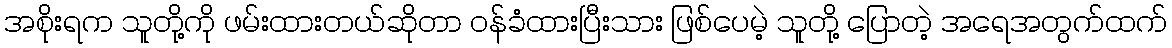
အစိုးရက သူတို့ကို ဖမ်းထားတယ်ဆိုတာ ဝန်ခံထားပြီးသား ဖြစ်ပေမဲ့ သူတို့ ပြောတဲ့ အရေအတွက်ထက်